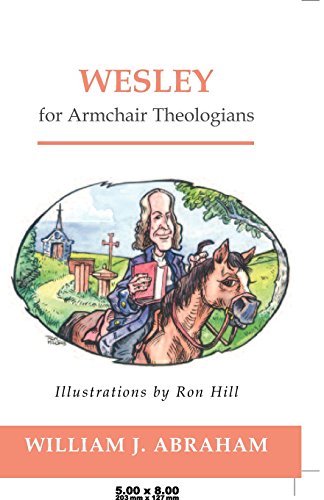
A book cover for Wesley for Armchair Theologians (Armchair); William J. Abraham; Christian Books & Bibles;